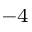
^ { - 4 }